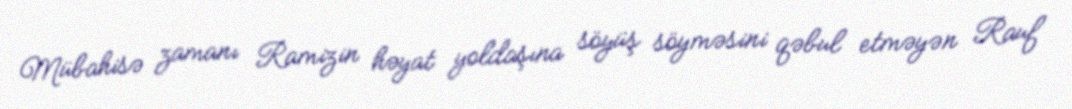
Mübahisə zamanı Ramizin həyat yoldaşına söyüş söyməsini qəbul etməyən Rauf